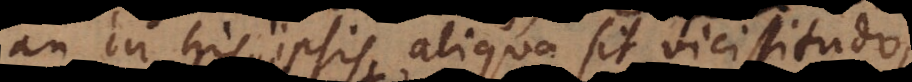
an in his ipsis aliqua sit vicissitudo,